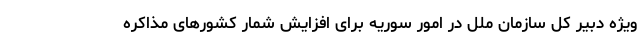
ویژه دبیر کل سازمان ملل در امور سوریه برای افزایش شمار کشورهای مذاکره